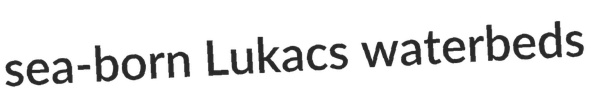
sea-born Lukacs waterbeds